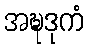
အဍ္ဎဒုကံ